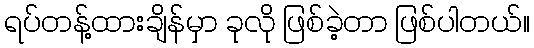
ရပ်တန့်ထားချိန်မှာ ခုလို ဖြစ်ခဲ့တာ ဖြစ်ပါတယ်။